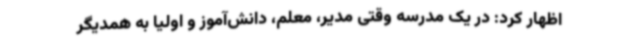
اظهار کرد: در یک مدرسه وقتی مدیر، معلم، دانش‌آموز و اولیا به همدیگر